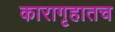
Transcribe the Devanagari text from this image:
कारागृहातच